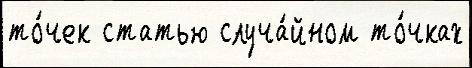
то́чек статью случа́йном то́чках